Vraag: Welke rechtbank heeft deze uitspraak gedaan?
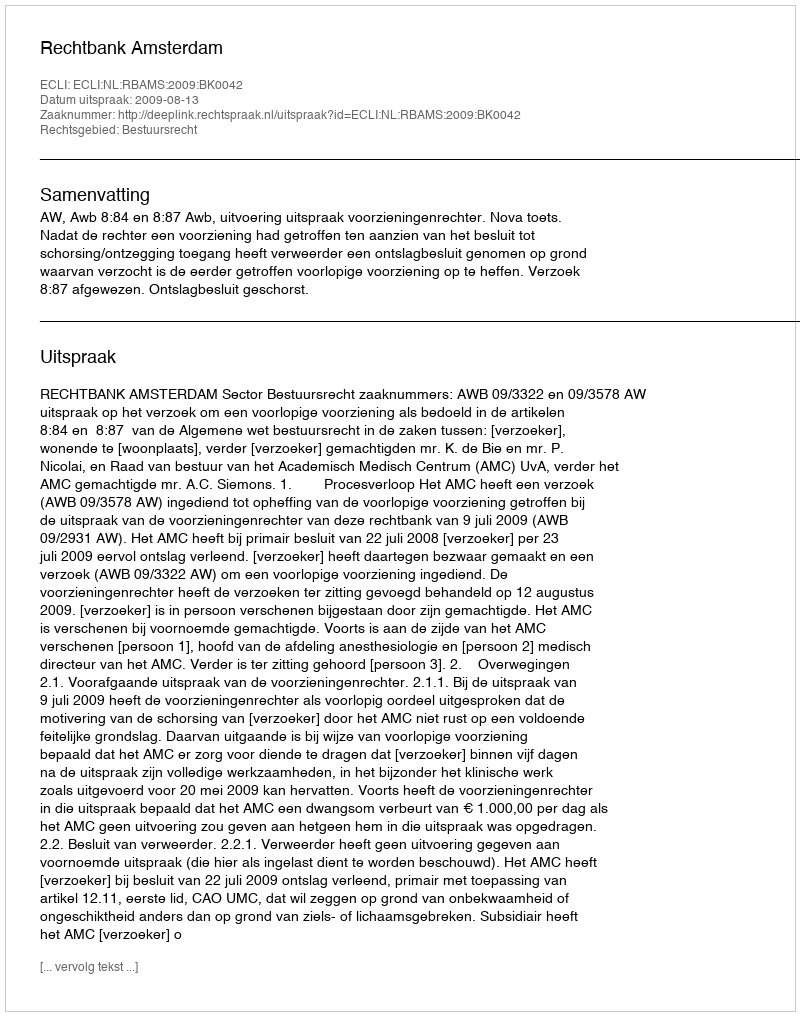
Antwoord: Rechtbank Amsterdam